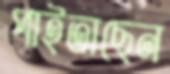
পাইতাছেন